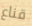
قناع